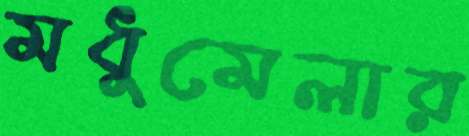
মধুমেলার